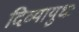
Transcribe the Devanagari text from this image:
दिव्यायुधः